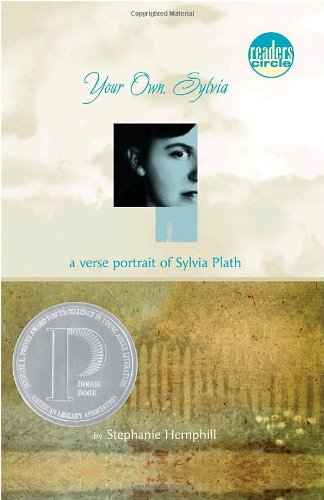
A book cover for Your Own, Sylvia: A Verse Portrait of Sylvia Plath; Stephanie Hemphill; Teen & Young Adult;